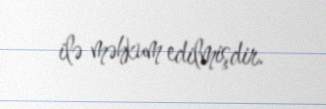
ilə məhkum edilmişdir.